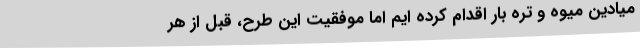
میادین میوه و تره بار اقدام کرده ایم اما موفقیت این طرح، قبل از هر